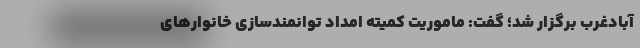
آبادغرب برگزار شد؛ گفت: ماموریت کمیته امداد توانمندسازی خانوارهای